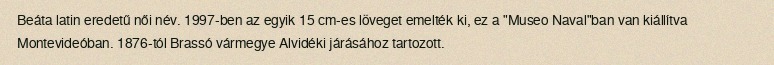
Beáta latin eredetű női név. 1997-ben az egyik 15 cm-es löveget emelték ki, ez a "Museo Naval"ban van kiállítva Montevideóban. 1876-tól Brassó vármegye Alvidéki járásához tartozott.